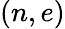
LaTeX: (n,e)